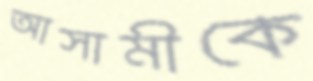
আসামীকে